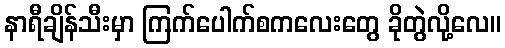
နာရီချိန်သီးမှာ ကြက်ပေါက်စကလေးတွေ ခိုတွဲလို့လေ။